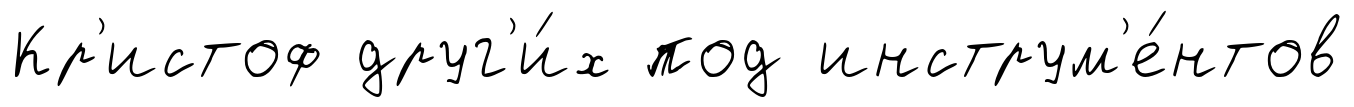
Кр'истоф друг'и́х под инструм'е́нтов